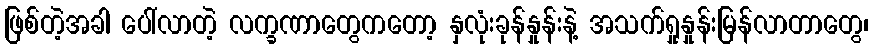
ဖြစ်တဲ့အခါ ပေါ်လာတဲ့ လက္ခဏာတွေကတော့ နှလုံးခုန်နှုန်းနဲ့ အသက်ရှုနှုန်းမြန်လာတာတွေ၊